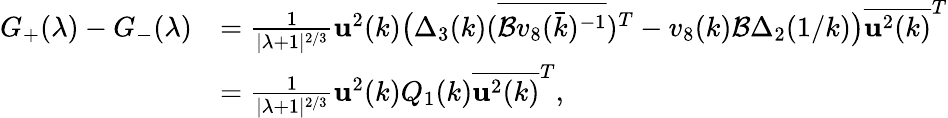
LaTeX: \begin{array}{rl}{G_{+}(\lambda)-G_{-}(\lambda)}&{=\frac{1}{|\lambda+1|^{2/3}}\mathbf{u}^{2}(k)\big(\Delta_{3}(k)(\overline{{\mathcal{B}v_{8}(\bar{k})^{-1}}})^{T}-v_{8}(k)\mathcal{B}\Delta_{2}(1/k)\big)\overline{{\mathbf{u}^{2}(k)}}^{T}}\\ &{=\frac{1}{|\lambda+1|^{2/3}}\mathbf{u}^{2}(k)Q_{1}(k)\overline{{\mathbf{u}^{2}(k)}}^{T},}\end{array}